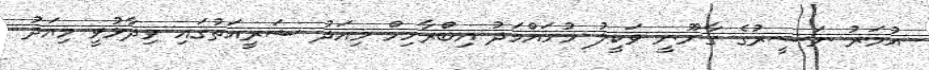
އުމަރު ނަސީރުގެ ގާނޫނީ ވަކީލު މުހައްމަދު އިބްރާހިމް މިއަދު ޝަރީއަތުގައި ވިދާޅުވީ މިއަދު